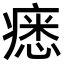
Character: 𤸽